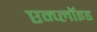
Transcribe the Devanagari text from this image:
एम्प्लॉइड